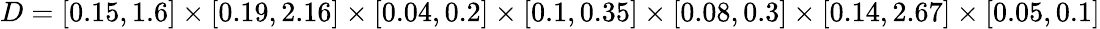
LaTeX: D=[0.15,1.6]\times[0.19,2.16]\times[0.04,0.2]\times[0.1,0.35]\times[0.08,0.3]\times[0.14,2.67]\times[0.05,0.1]